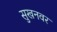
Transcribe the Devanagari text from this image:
सुखनवर